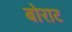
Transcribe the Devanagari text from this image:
बोराट